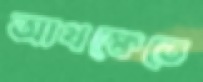
আখক্ষেতে